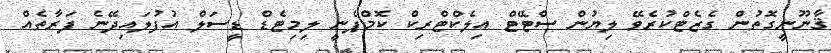
ޤާނޫނީގޮތުން ގެޒެޓްކުރެވޭ ލިޔުން ސްޓޭޓް އިލެކްޓްރިކް ކޮމްޕެނީ ލިމިޓެޑް ޑީސަލް އުފުލައިދޭނެ ފަރާތެއް